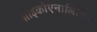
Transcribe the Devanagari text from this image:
साइकोएनालिसिस